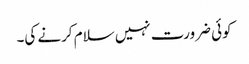
کوئی ضرورت نہیں سلام کرنے کی۔